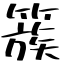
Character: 簇